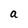
Character: a